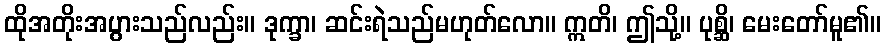
ထိုအတိုးအပွားသည်လည်း။ ဒုက္ခာ၊ ဆင်းရဲသည်မဟုတ်လော။ ဣတိ၊ ဤသို့။ ပုစ္ဆိ၊ မေးတော်မူ၏။